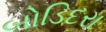
બોડિદરા